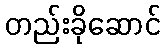
တည်းခိုဆောင်